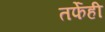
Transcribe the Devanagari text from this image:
तर्फेही